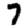
Digit: 7